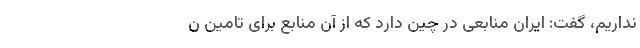
نداریم، گفت: ایران منابعی در چین دارد که از آن منابع برای تامین ن